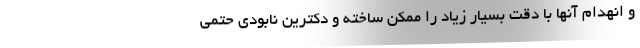
و انهدام آنها با دقت بسیار زیاد را ممکن ساخته و دکترین نابودی حتمی